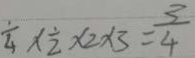
\frac { 1 } { 4 } \times \frac { 1 } { 2 } \times 2 \times 3 = \frac { 3 } { 4 }